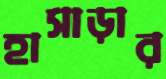
হাসাড়ার